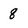
Character: 8